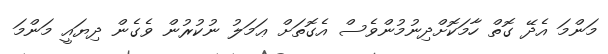
މަންމަ އެދޭ ގޮތް ހާމަކޮށްދިނުމުންވެސް އެގޮތަށް ޢަމަލު ނުކުރުން ވެގެން ދިޔައީ މަންމަ